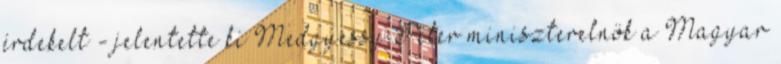
érdekelt - jelentette ki Medgyessy Péter miniszterelnök a Magyar